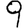
Digit: 9